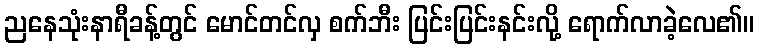
ညနေသုံးနာရီခန့်တွင် မောင်တင်လှ စက်ဘီး ပြင်းပြင်းနင်းလို့ ရောက်လာခဲ့လေ၏။